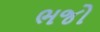
ભજો